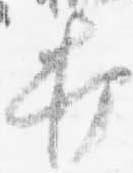
打